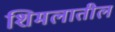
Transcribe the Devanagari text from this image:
शिमलातील